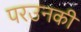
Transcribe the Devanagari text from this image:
परउनकी